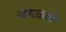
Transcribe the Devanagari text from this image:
जगतको